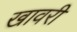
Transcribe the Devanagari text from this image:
खावरी